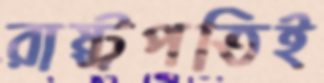
রাষ্ট্রপতিই